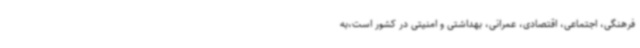
فرهنگی، اجتماعی، اقتصادی، عمرانی، بهداشتی و امنیتی در کشور است،به